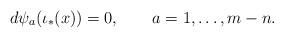
LaTeX: \begin{align*}d\psi_a(\iota_*(x)) = 0, \qquad a=1,\ldots,m-n.\end{align*}